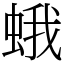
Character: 蛾